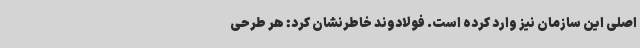
اصلی این سازمان نیز وارد کرده است. فولادوند خاطرنشان کرد: هر طرحی